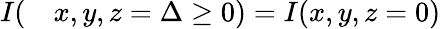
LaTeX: \begin{array}{rl}{I(}&{{}x,y,z=\Delta\ge 0)=I(x,y,z=0)}\end{array}